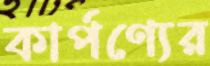
কার্পণ্যের